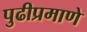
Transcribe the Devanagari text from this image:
पुढीप्रमाणे